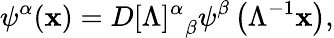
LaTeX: \psi^{\alpha}(\mathbf{x})=D{[\Lambda]^{\alpha}}_{\beta}\psi^{\beta}\left(\Lambda^{-1}\mathbf{x}\right),